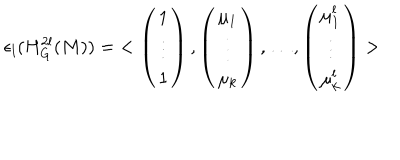
\epsilon _ { l } ( H _ { G } ^ { 2 l } ( M ) ) = \; < \left( \begin{array} { c c c } { { 1 } } \\ { { \vdots } } \\ { { 1 } } \\ \end{array} \right) , \left( \begin{array} { c c c } { { \mu _ { 1 } } } \\ { { \vdots } } \\ { { \mu _ { k } } } \\ \end{array} \right) , \ldots , \left( \begin{array} { c c c } { { \mu _ { 1 } ^ { l } } } \\ { { \vdots } } \\ { { \mu _ { k } ^ { l } } } \\ \end{array} \right) >